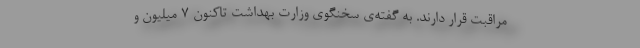
مراقبت قرار دارند. به گفته‌ی سخنگوی وزارت بهداشت تاکنون ۷ میلیون و